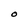
Character: O